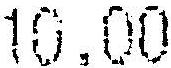
10.00